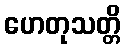
ဟေတုသတ္တိ